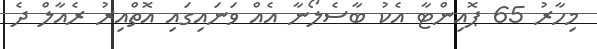
މިހާރު 65 ޕޮއިންޓާ އެކު ބާސެލޯނާ އެއް ވަނައިގައި އޮތްއިރު ރެއާލް ދެ